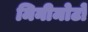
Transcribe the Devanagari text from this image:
मिनीमोटो